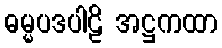
ဓမ္မပဒပါဠိ အဋ္ဌကထာ